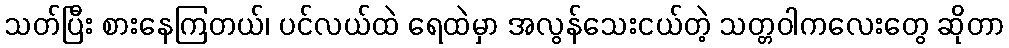
သတ်ပြီး စားနေကြတယ်၊ ပင်လယ်ထဲ ရေထဲမှာ အလွန်သေးငယ်တဲ့ သတ္တဝါကလေးတွေ ဆိုတာ